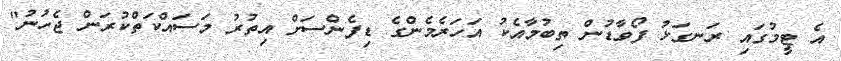
އެ ޓީމުގައި ރަނގަޅު ފޯވާޑުން ތިބުމާއެކު އަހަރެމެންގެ ޑިފެންސަށް އިތުރު މަސައްކަތްކުރަން ޖެހުނު"